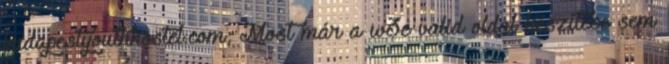
budapestyouthhostel.com; Most már a w3c valid oldal készítése sem